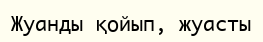
Жуанды қойып, жуасты